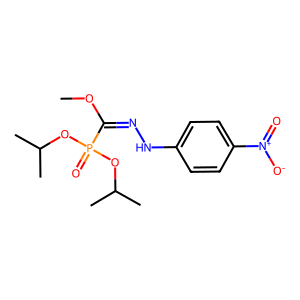
SMILES: COC(=NNc1ccc([N+](=O)[O-])cc1)P(=O)(OC(C)C)OC(C)C
Inhibits HIV replication: No